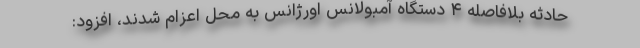
حادثه بلافاصله ۴ دستگاه آمبولانس اورژانس به محل اعزام شدند، افزود: